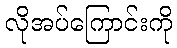
လိုအပ်ကြောင်းကို